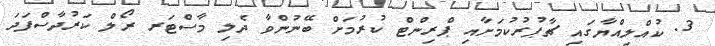
3. ކުއްލިއްޔާގައި ޗާޕުރުކުމަށާއި ޕްރިންޓް ކުރުމަށް ބޭނުންވާ ދެލި މާސްޓަރ ރޯލް ކަރުދާސްފަދަ